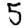
Digit: 5